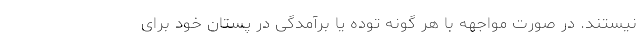
نیستند. در صورت مواجهه با هر گونه توده یا برآمدگی در پستان خود برای